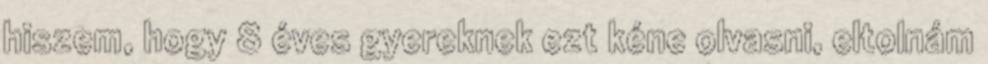
hiszem, hogy 8 éves gyereknek ezt kéne olvasni, eltolnám